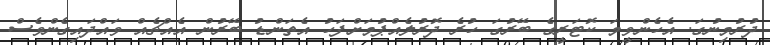
ދުރުމިނުގަ. އެހެންވީމަ ކޮޓަރީގެ ބޭރުގަ ހުރެ ދޮރުލެއްޕުމަށްފަހު އެތަންޑު ބޭރުން އެއްޗެއް ވައްދައިގެންވެސް